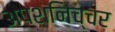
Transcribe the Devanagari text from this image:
अपशनिच्चर